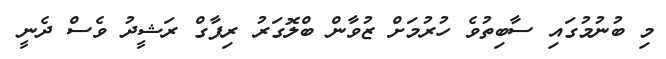
މި ބުނުމުގައި ސާބިތުވެ ހުރުމަށް ޒުވާން ބްލޮގަރު ރިފާގް ރަޝީދު ވެސް ދެނީ